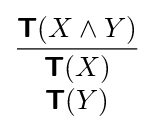
{\frac {{\boldsymbol {\mathsf {T}}}(X\land Y)}{\begin{array}{c}{\boldsymbol {\mathsf {T}}}(X)\\{\boldsymbol {\mathsf {T}}}(Y)\end{array}}}